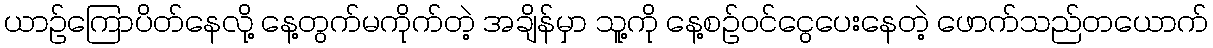
ယာဉ်ကြောပိတ်နေလို့ နေ့တွက်မကိုက်တဲ့ အချိန်မှာ သူ့ကို နေ့စဉ်ဝင်ငွေပေးနေတဲ့ ဖောက်သည်တယောက်